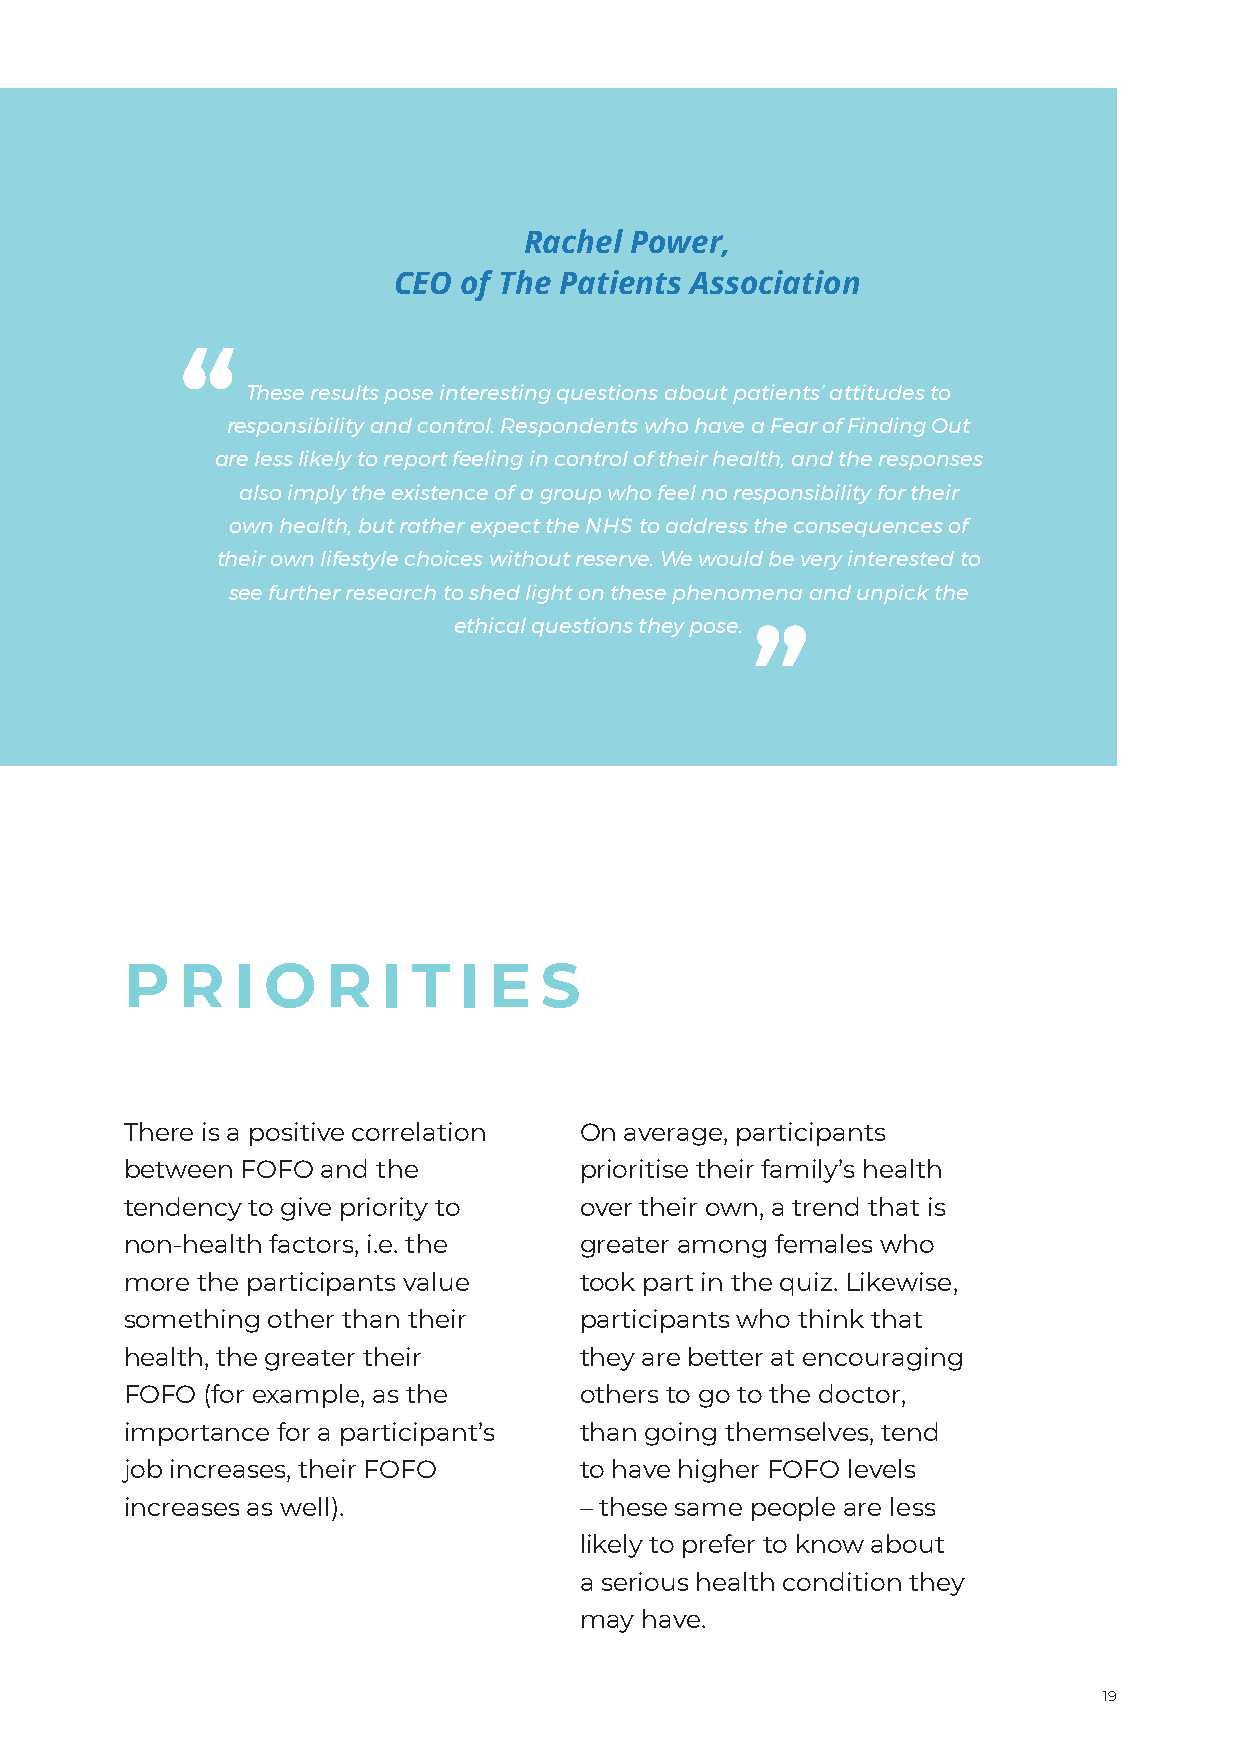
Rachel Power,
 CEO of The Patients Association
 “
 These results pose interesting questions about patients’ attitudes to
 responsibility and control. Respondents who have a Fear of Finding Out
 are less likely to report feeling in control of their health, and the responses
 also imply the existence of a group who feel no responsibility for their
 own health, but rather expect the NHS to address the consequences of
 their own lifestyle choices without reserve. We would be very interested to
 see further research to shed light on these phenomena and unpick the
 ethical questions they pose.
 ”
 P   R  I O    R  I T  I E   S
 There is a positive correlation On average, participants
 between FOFO and the          prioritise their family’s health
 tendency to give priority to  over their own, a trend that is
 non-health factors, i.e. the  greater among females who
 more the participants value   took part in the quiz. Likewise,
 something other than their    participants who think that
 health, the greater their     they are better at encouraging
 FOFO (for example, as the     others to go to the doctor,
 importance for a participant’s than going themselves, tend
 job increases, their FOFO     to have higher FOFO levels
 increases as well).           – these same people are less
 likely to prefer to know about
 a serious health condition they
 may have.
 19